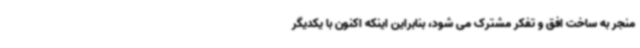
منجر به ساخت افق و تفکر مشترک می شود، بنابراین اینکه اکنون با یکدیگر